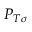
P _ { T \sigma }